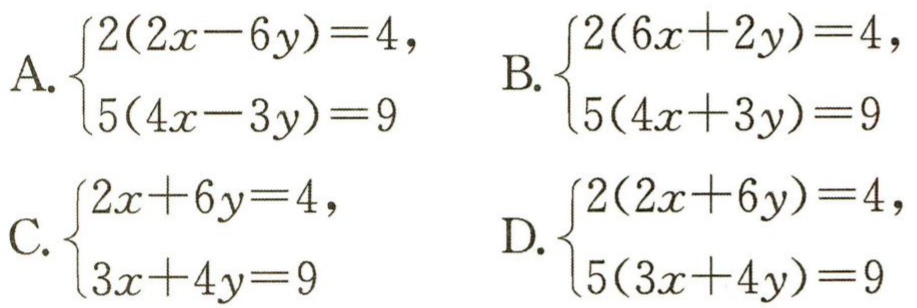
A. $\begin{cases}2(2x - 6y)=4,\\5(4x - 3y)=9\end{cases}$ B. $\begin{cases}2(6x + 2y)=4,\\5(4x + 3y)=9\end{cases}$

C. $\begin{cases}2x + 6y=4,\\3x + 4y=9\end{cases}$ D. $\begin{cases}2(2x + 6y)=4,\\5(3x + 4y)=9\end{cases}$